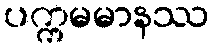
ပက္ကမမာနဿ